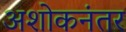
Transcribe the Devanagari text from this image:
अशोकनंतर